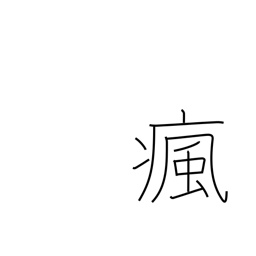
Meaning: headache